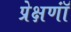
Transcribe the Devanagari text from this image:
प्रेक्षणॉं